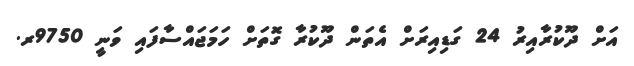
އަށް ދޫކުރާއިރު 24 ގަޑިއިރަށް އެތަން ދޫކުރާ ގޮތަށް ހަމަޖައްސާފައި ވަނީ 9750ރ.